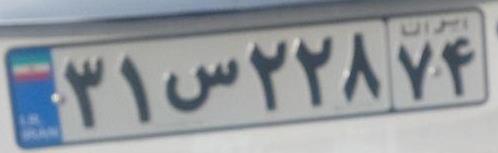
۳۱س۲۲۸۷۴